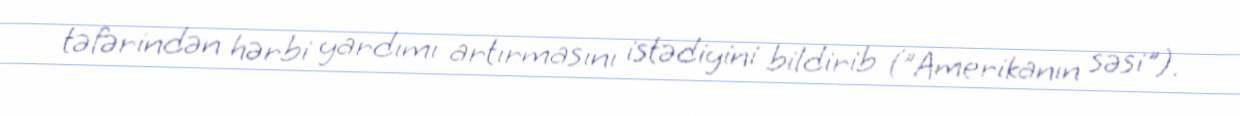
təfərindən hərbi yardımı artırmasını istədiyini bildirib ("Amerikanın səsi").